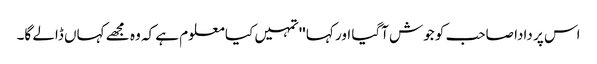
اس پر دادا صاحب کو جوش آگیا اور کہا ''تمہیں کیا معلوم ہے کہ وہ مجھے کہاں ڈالے گا۔